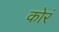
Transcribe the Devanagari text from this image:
कोरं